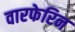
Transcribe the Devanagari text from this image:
वारफेरिन